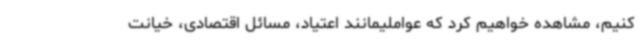
کنیم، مشاهده خواهیم کرد که عواملیمانند اعتیاد، مسائل اقتصادی، خیانت‌